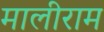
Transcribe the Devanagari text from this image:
मालीराम